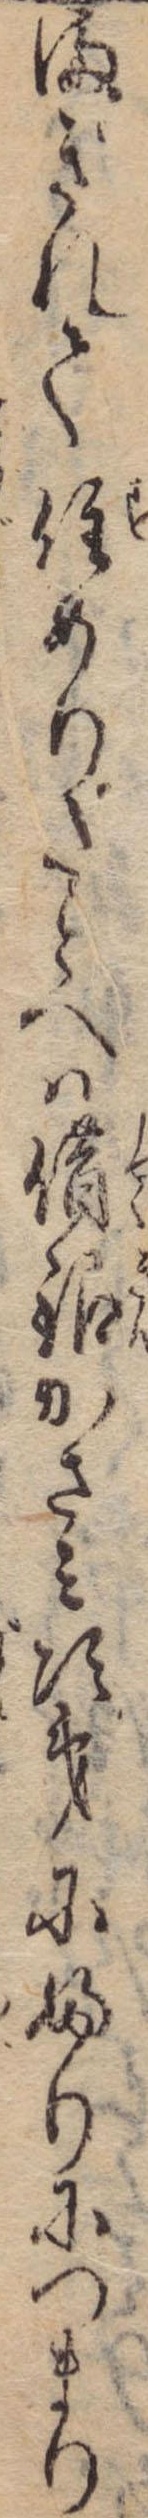
まぎれて住めりたとへは借銀かさみ次第にふりにつまり